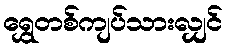
ရွှေတစ်ကျပ်သားလျှင်